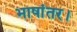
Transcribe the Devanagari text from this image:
भाषांतर।